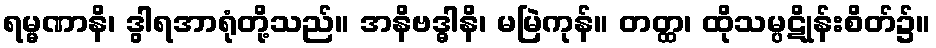
ရမ္မဏာနိ၊ ဒွါရအာရုံတို့သည်။ အနိဗဒ္ဓါနိ၊ မမြဲကုန်။ တတ္ထ၊ ထိုသမ္ပဋိုန်းစိတ်၌။